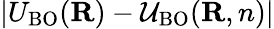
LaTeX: |U_{\mathrm{BO}}({\mathbf R})-{\cal U}_{\mathrm{BO}}({\mathbf R,n})|